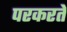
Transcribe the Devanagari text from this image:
परकरते